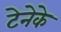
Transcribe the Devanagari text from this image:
टेनेके